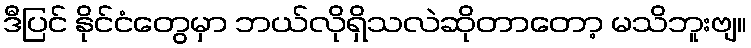
ဒီပြင် နိုင်ငံတွေမှာ ဘယ်လိုရှိသလဲဆိုတာတော့ မသိဘူးဗျ။